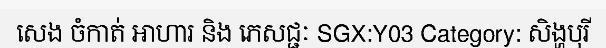
សេង ចំកាត់ អាហារ និង ភេសជ្ជៈ SGX:Y03 Category: សិង្ហបុរី